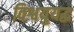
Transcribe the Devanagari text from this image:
विश्वयुयद्ध